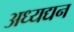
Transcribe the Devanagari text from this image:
अध्यद्यन